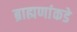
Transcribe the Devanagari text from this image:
ब्राह्मणांकडे